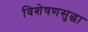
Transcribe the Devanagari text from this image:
विशेषणसुद्धा